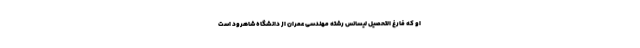
او که فارغ التحصیل لیسانس رشته مهندسی عمران از دانشگاه شاهرود است